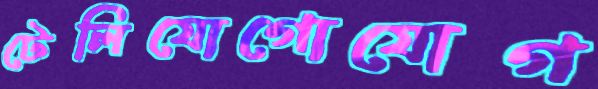
টেলিযোগোযোগ